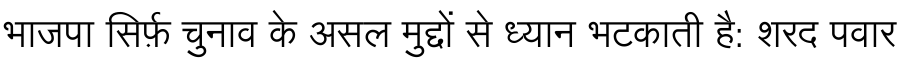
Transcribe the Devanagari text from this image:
भाजपा सिर्फ़ चुनाव के असल मुद्दों से ध्यान भटकाती है: शरद पवार